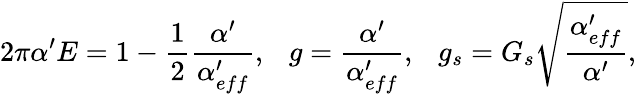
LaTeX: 2\pi\alpha^{\prime}E=1-\frac{1}{2}\frac{\alpha^{\prime}}{\alpha_{eff}^{\prime}},\ \ \ g=\frac{\alpha^{\prime}}{\alpha_{eff}^{\prime}},\ \ \ g_{s}=G_{s}\sqrt{\frac{\alpha_{eff}^{\prime}}{\alpha^{\prime}}},